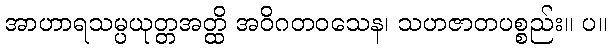
အာဟာရသမ္ပယုတ္တအတ္ထိ အဝိဂတဝသေန၊ သဟဇာတပစ္စည်း။ ပ။